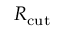
R _ { \mathrm { c u t } }